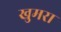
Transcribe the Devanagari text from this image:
खुमरा